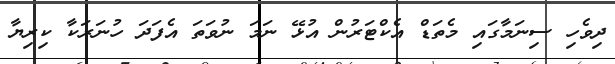
ދިވެހި ސިނަމާގައި މެތަޑް އެކްޓަރުން އުޅޭ ނަމަ ނުވަތަ އެފަދަ ހުނަރަކާ ކިރިޔާ